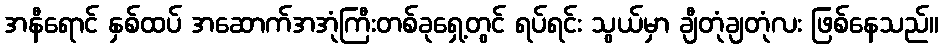
အနီရောင် နှစ်ထပ် အဆောက်အအုံကြီးတစ်ခုရှေ့တွင် ရပ်ရင်း သွယ်မှာ ချီတုံချတုံလး ဖြစ်နေသည်။